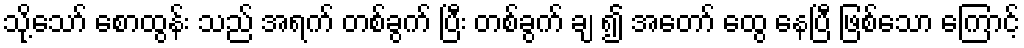
သို့သော် စောထွန်း သည် အရက် တစ်ခွက် ပြီး တစ်ခွက် ချ ၍ အတော် ထွေ နေပြီ ဖြစ်သော ကြောင့်